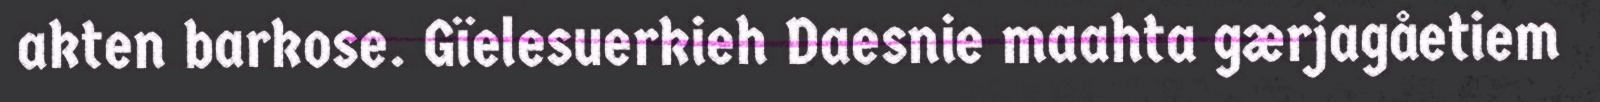
akten barkose. Gïelesuerkieh Daesnie maahta gærjagåetiem